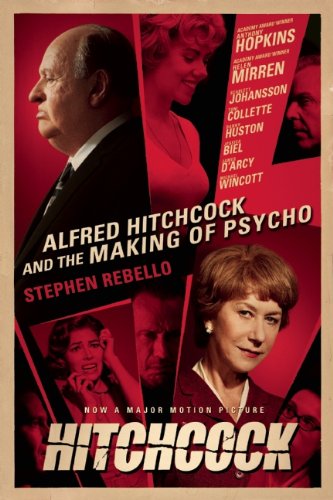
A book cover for Alfred Hitchcock and the Making of Psycho; Stephen Rebello; Humor & Entertainment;